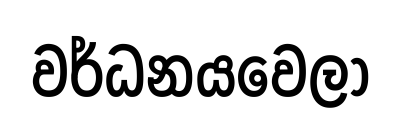
වර්ධනයවෙලා